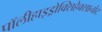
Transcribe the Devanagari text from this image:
पॉलीहाइड्रोक्सिहेक्सानोट